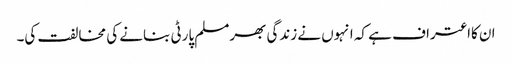
ان کااعتراف ہے کہ انہوں نے زندگی بھرمسلم پارٹی بنانے کی مخالفت کی۔